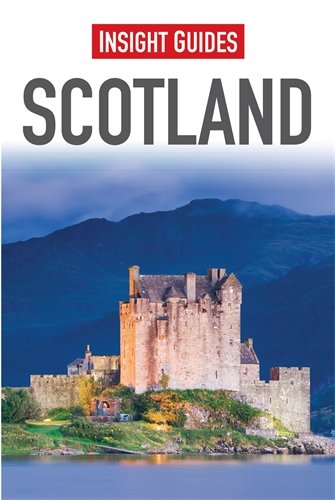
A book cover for Scotland (Insight Guides); Insight Guides; Travel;